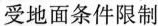
受地面条件限制